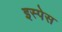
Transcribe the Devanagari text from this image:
इस्पेस